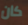
كان